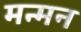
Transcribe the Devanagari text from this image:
मन्मन